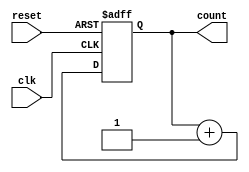
module UpCounter (
    input wire clk,         // Clock input
    input wire reset,       // Synchronous reset input
    output reg [2:0] count  // 3-bit counter output
);

// State Register
always @(posedge clk or posedge reset) begin
    if (reset) begin
        count <= 3'b000;   // Reset to 0
    end else begin
        count <= count + 1; // Increment the count on each clock pulse
    end
end

endmodule